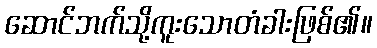
ဆောင်ဘက်သို့ကူးသောတံခါးဖြစ်၏။